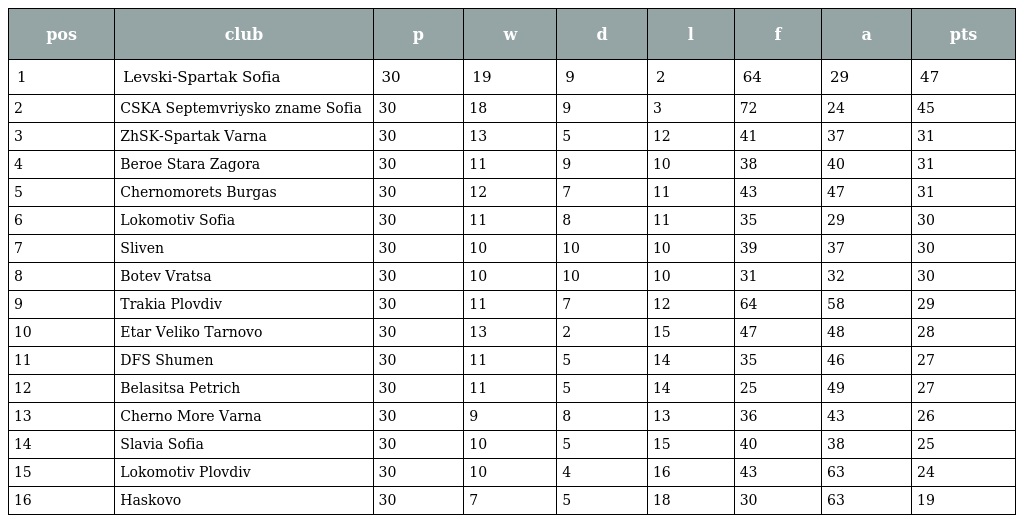
| pos | club | p | w | d | l | f | a | pts |
 | --- | --- | --- | --- | --- | --- | --- | --- | --- |
 | 1 | Levski-Spartak Sofia | 30 | 19 | 9 | 2 | 64 | 29 | 47 |
 | 2 | CSKA Septemvriysko zname Sofia | 30 | 18 | 9 | 3 | 72 | 24 | 45 |
 | 3 | ZhSK-Spartak Varna | 30 | 13 | 5 | 12 | 41 | 37 | 31 |
 | 4 | Beroe Stara Zagora | 30 | 11 | 9 | 10 | 38 | 40 | 31 |
 | 5 | Chernomorets Burgas | 30 | 12 | 7 | 11 | 43 | 47 | 31 |
 | 6 | Lokomotiv Sofia | 30 | 11 | 8 | 11 | 35 | 29 | 30 |
 | 7 | Sliven | 30 | 10 | 10 | 10 | 39 | 37 | 30 |
 | 8 | Botev Vratsa | 30 | 10 | 10 | 10 | 31 | 32 | 30 |
 | 9 | Trakia Plovdiv | 30 | 11 | 7 | 12 | 64 | 58 | 29 |
 | 10 | Etar Veliko Tarnovo | 30 | 13 | 2 | 15 | 47 | 48 | 28 |
 | 11 | DFS Shumen | 30 | 11 | 5 | 14 | 35 | 46 | 27 |
 | 12 | Belasitsa Petrich | 30 | 11 | 5 | 14 | 25 | 49 | 27 |
 | 13 | Cherno More Varna | 30 | 9 | 8 | 13 | 36 | 43 | 26 |
 | 14 | Slavia Sofia | 30 | 10 | 5 | 15 | 40 | 38 | 25 |
 | 15 | Lokomotiv Plovdiv | 30 | 10 | 4 | 16 | 43 | 63 | 24 |
 | 16 | Haskovo | 30 | 7 | 5 | 18 | 30 | 63 | 19 |